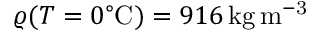
\varrho ( T = 0 ^ { \circ } \mathrm { C } ) = 9 1 6 \mathrm { \, k g \, m ^ { - 3 } }